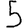
Digit: 5